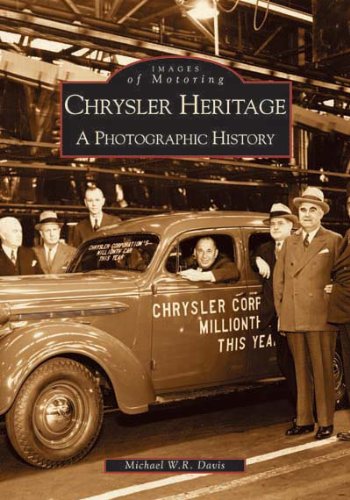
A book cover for Chrysler Heritage: A Photographic History (Images of Motoring: Michigan); Michael  W. R.  Davis; Biographies & Memoirs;